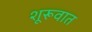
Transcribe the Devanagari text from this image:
शूरूवात